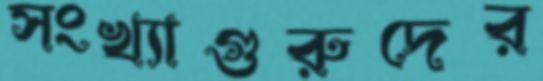
সংখ্যাগুরুদের